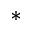
*